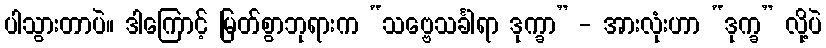
ပါသွားတာပဲ။ ဒါကြောင့် မြတ်စွာဘုရားက “သဗ္ဗေသင်္ခါရာ ဒုက္ခာ” - အားလုံးဟာ “ဒုက္ခ” လို့ပဲ